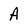
Character: A